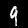
Label: 9